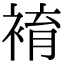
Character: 䘻